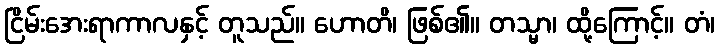
ငြိမ်းအေးရာကာလနှင့် တူသည်။ ဟောတိ၊ ဖြစ်၏။ တသ္မာ၊ ထို့ကြောင့်။ တံ၊